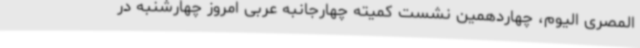
المصری الیوم، چهاردهمین نشست کمیته چهارجانبه عربی امروز چهارشنبه در